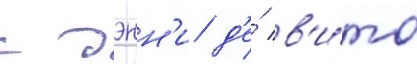
с дэнн'и д'е́ в'и́то